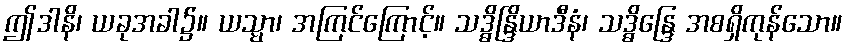
ဤဒါနိ၊ ယခုအခါ၌။ ယသ္မာ၊ အကြင်ကြောင့်။ သဒ္ဓိန္ဒြိယာဒီနံ၊ သဒ္ဓိန္ဒြေ အစရှိကုန်သော။